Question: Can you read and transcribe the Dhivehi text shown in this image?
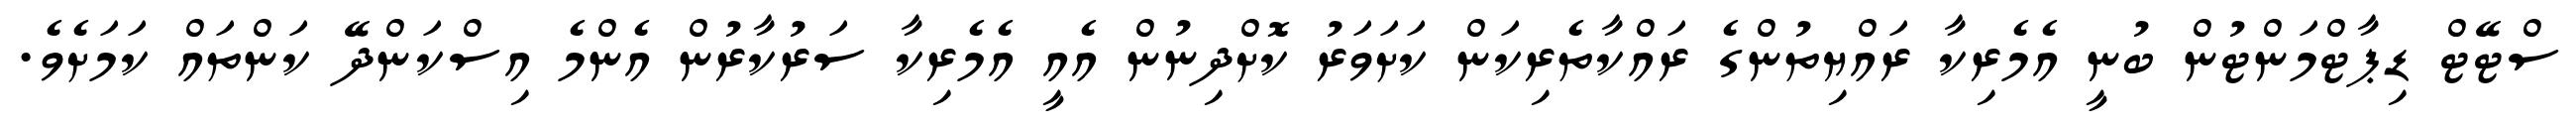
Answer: ސްޓޭޓް ޑިޕާޓްމަންޓުން ބުނީ އެމެރިކާ ރައްޔިތުންގެ ރައްކާތެރިކަން ކަށަވަރު ކޮށްދިނުން އެއީ އެމެރިކާ ސަރުކާރުން އެންމެ އިސްކަންދޭ ކަންތައް ކަމަށެވެ.